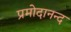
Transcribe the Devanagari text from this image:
प्रमोदानन्द